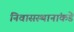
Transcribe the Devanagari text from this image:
निवासस्थानांकडे